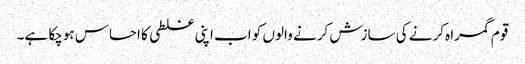
قوم گمراہ کرنے کی سازش کرنے والوں کو اب اپنی غلطی کا احساس ہوچکا ہے۔